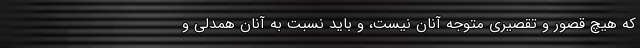
كه هيچ قصور و تقصيري متوجه آنان نيست، و بايد نسبت به آنان همدلي و